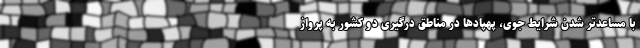
با مساعدتر شدن شرایط جوی، پهپادها در مناطق درگیری دو کشور به پرواز